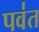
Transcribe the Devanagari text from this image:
पव॑त